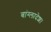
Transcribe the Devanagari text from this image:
बांग्‍लादेश।